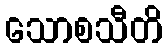
သောစသီတိ